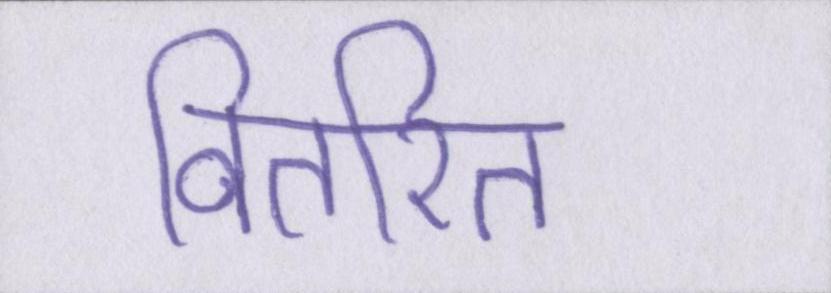
वितरित